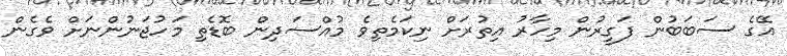
އޭގެ ސަބަބުން ފަގީރުން މިހާރު އިތުރަށް ނިކަމެތިވެ މުއްސަދިން ބޮޑެތި މަހުޖަނުންނަށް ވެގެން